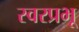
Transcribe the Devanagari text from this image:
स्वरप्रभू